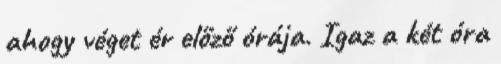
ahogy véget ér előző órája. Igaz a két óra